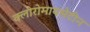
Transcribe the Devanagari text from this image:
क्लोरोमायसेटीन